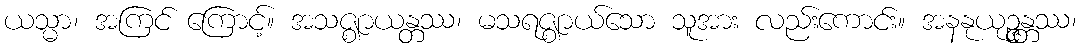
ယသ္မာ၊ အကြင် ကြောင့်။ အသဇ္ဈာယန္တဿ၊ မသရဇ္ဈာယ်သော သူအား လည်းကောင်း။ အနနုယုဉ္ဇန္တဿ၊